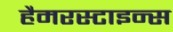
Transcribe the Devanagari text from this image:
हैमरस्टाइन्स